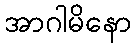
အာဂါမိနော